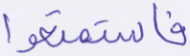
فاستمتعوا